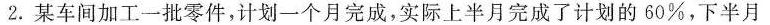
2.某车间加工一批零件，计划一个月完成，实际上半月完成了计划的60\%，下半月